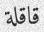
قاقلة